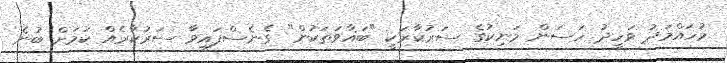
މުހައްމަދު ވަހީދު ހަސަން މަނިކުގެ ސަރުކާރަކީ "ބަޣާވަތަކުން" ގެނެސްފައިވާ ސަރުކާރެއް ކަމަށް ބުނެ